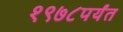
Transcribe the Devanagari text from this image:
१९७८पर्यंत